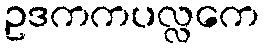
ဥဒကကပလ္လကေ